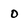
Character: 0